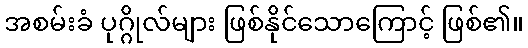
အစမ်းခံ ပုဂ္ဂိုလ်များ ဖြစ်နိုင်သောကြောင့် ဖြစ်၏။